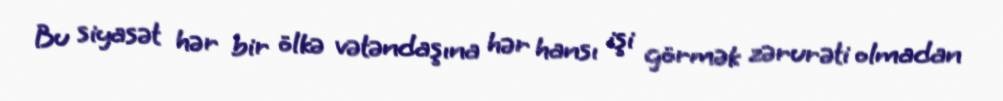
Bu siyasət hər bir ölkə vətəndaşına hər hansı işi görmək zərurəti olmadan